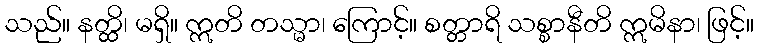
သည်။ နတ္ထိ၊ မရှိ။ ဣတိ တသ္မာ၊ ကြောင့်။ စတ္တာရိ သစ္စာနီတိ ဣမိနာ၊ ဖြင့်။